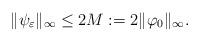
LaTeX: \begin{align*} \|\psi_\varepsilon\|_\infty\leq 2M:=2\|\varphi_0\|_\infty. \end{align*}